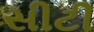
સીટી